NAE_ERA_R-2324_Eesti_Vabariigi_Pohiseaduslik_Assamblee, lk 147
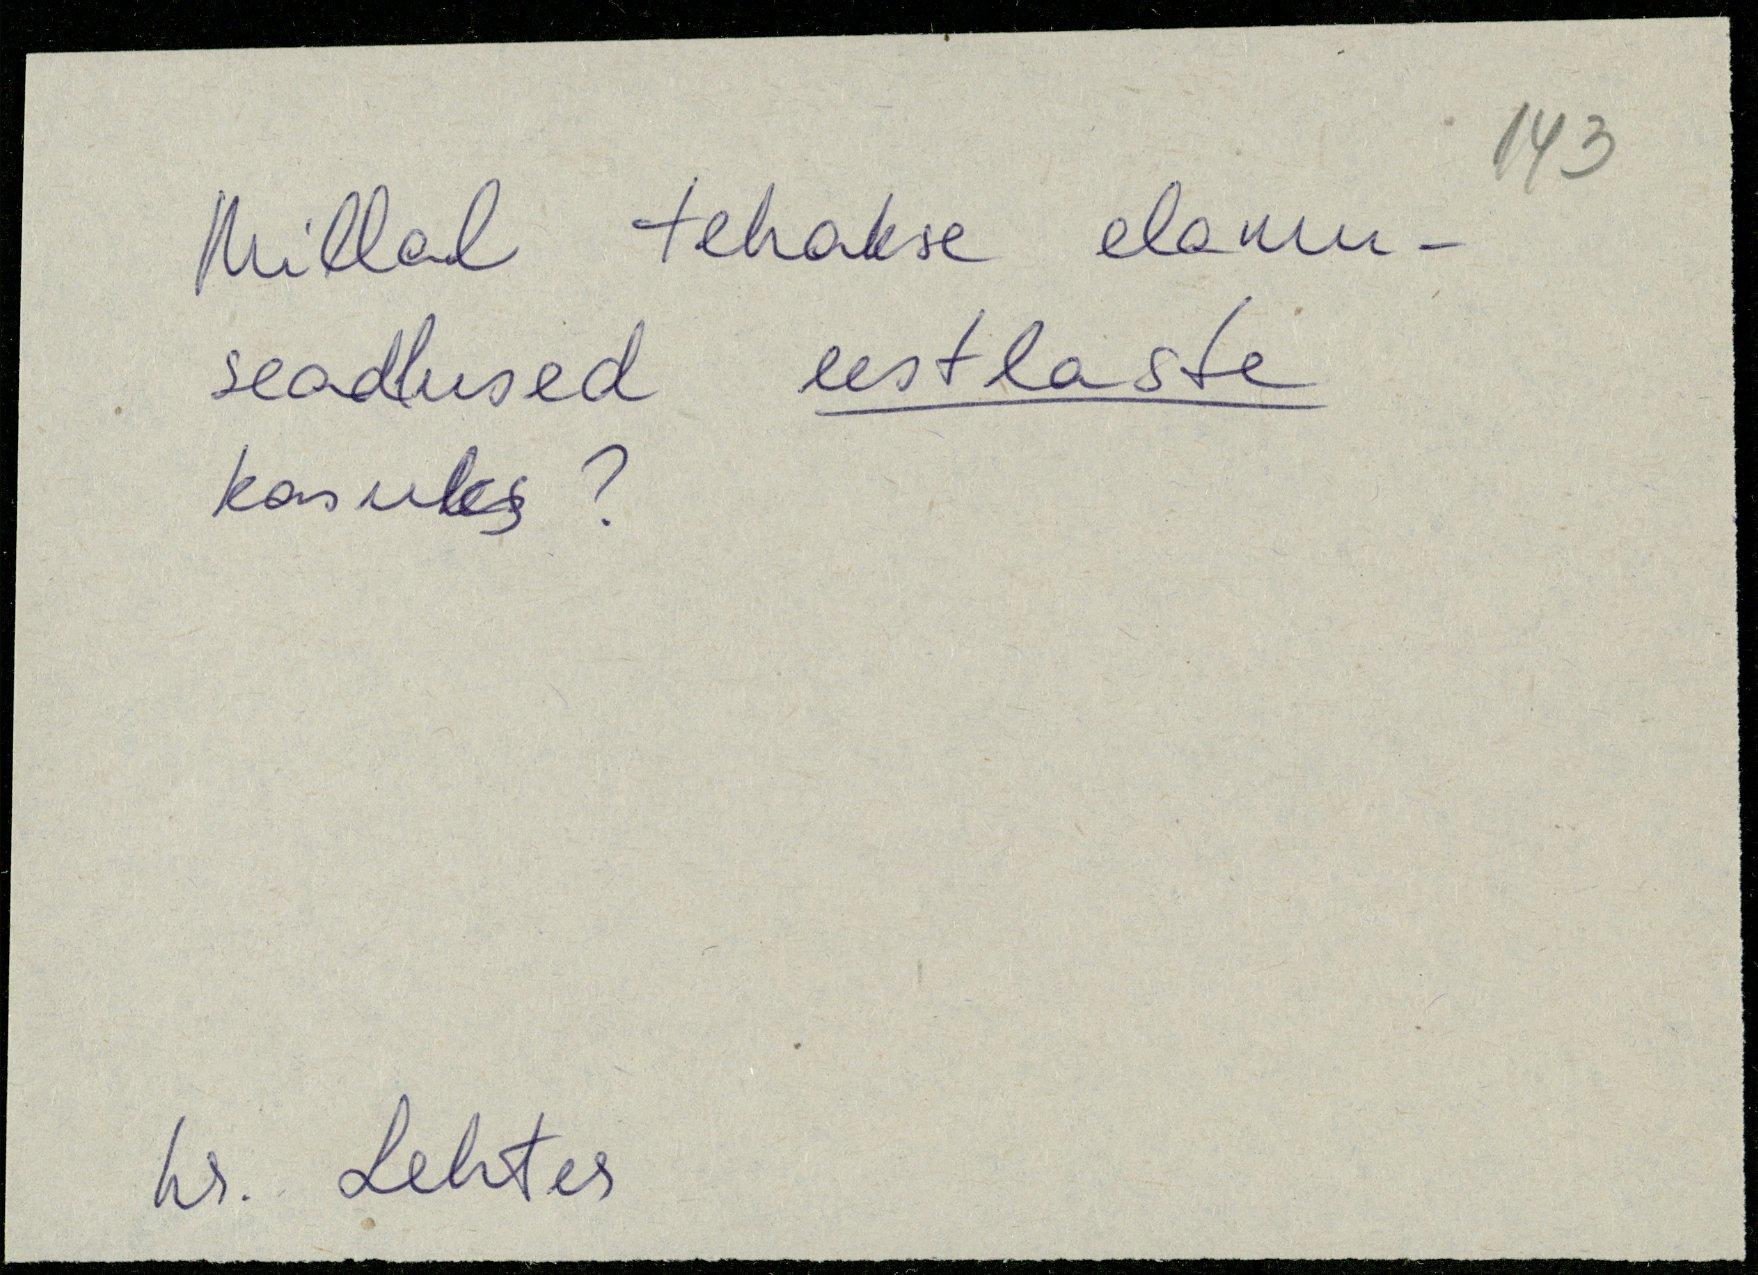
Millal tehakse elamu-
seadlused eestlaste
kasuks?
hr. Lehter